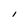
Character: l